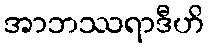
အာဘဿရာဒီဟိ